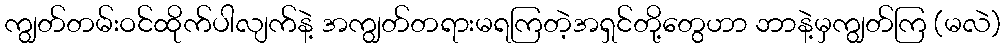
ကျွတ်တမ်းဝင်ထိုက်ပါလျက်နဲ့ အကျွတ်တရားမရကြတဲ့အရှင်တို့တွေဟာ ဘာနဲ့မှကျွတ်ကြ (မလဲ)